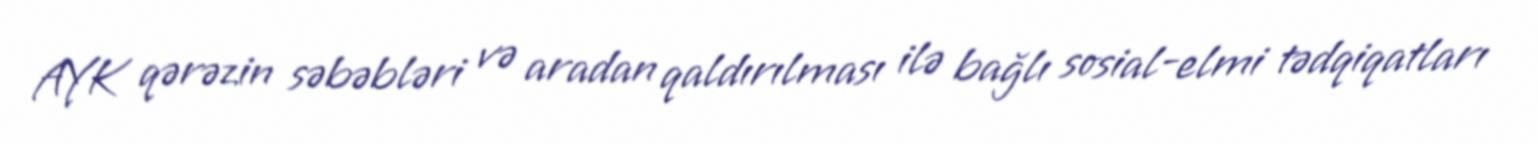
AYK qərəzin səbəbləri və aradan qaldırılması ilə bağlı sosial-elmi tədqiqatları